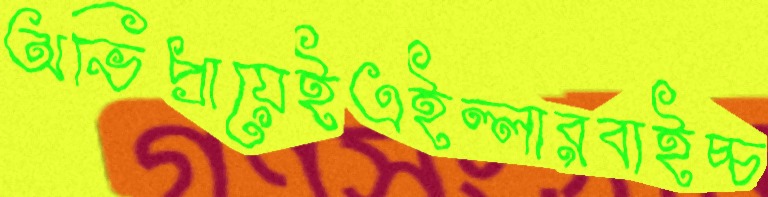
অভিপ্রায়েইএইল্লারবাইচ্চ